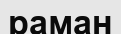
раман